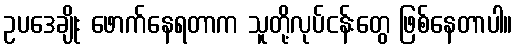
ဥပဒေချိုး ဖောက်နေရတာက သူတို့လုပ်ငန်းတွေ ဖြစ်နေတာပါ။